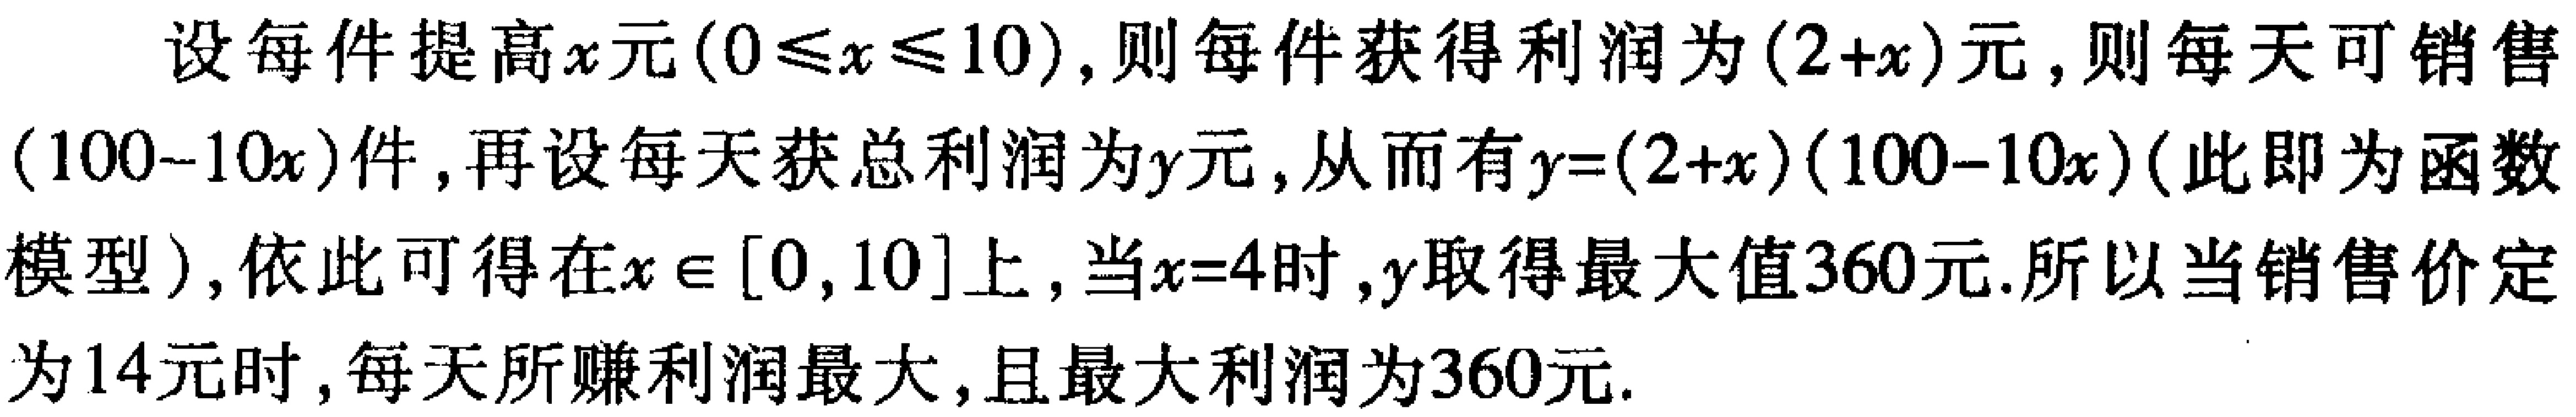
设每件提高\(x\)元\((0\leqslant x\leqslant 10)\)，则每件获得利润为\((2 + x)\)元，则每天可销售\((100 - 10x)\)件，再设每天获总利润为\(y\)元，从而有\(y=(2 + x)(100 - 10x)\)（此即为函数模型），依此可得在\(x\in[0,10]\)上，当\(x = 4\)时，\(y\)取得最大值\(360\)元. 所以当销售价定为\(14\)元时，每天所赚利润最大，且最大利润为\(360\)元.